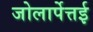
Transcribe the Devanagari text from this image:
जोलार्पेत्तई